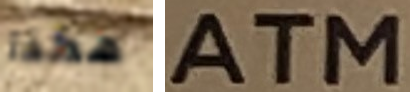
هكذا ATM